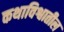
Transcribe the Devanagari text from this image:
कथाविश्वातील